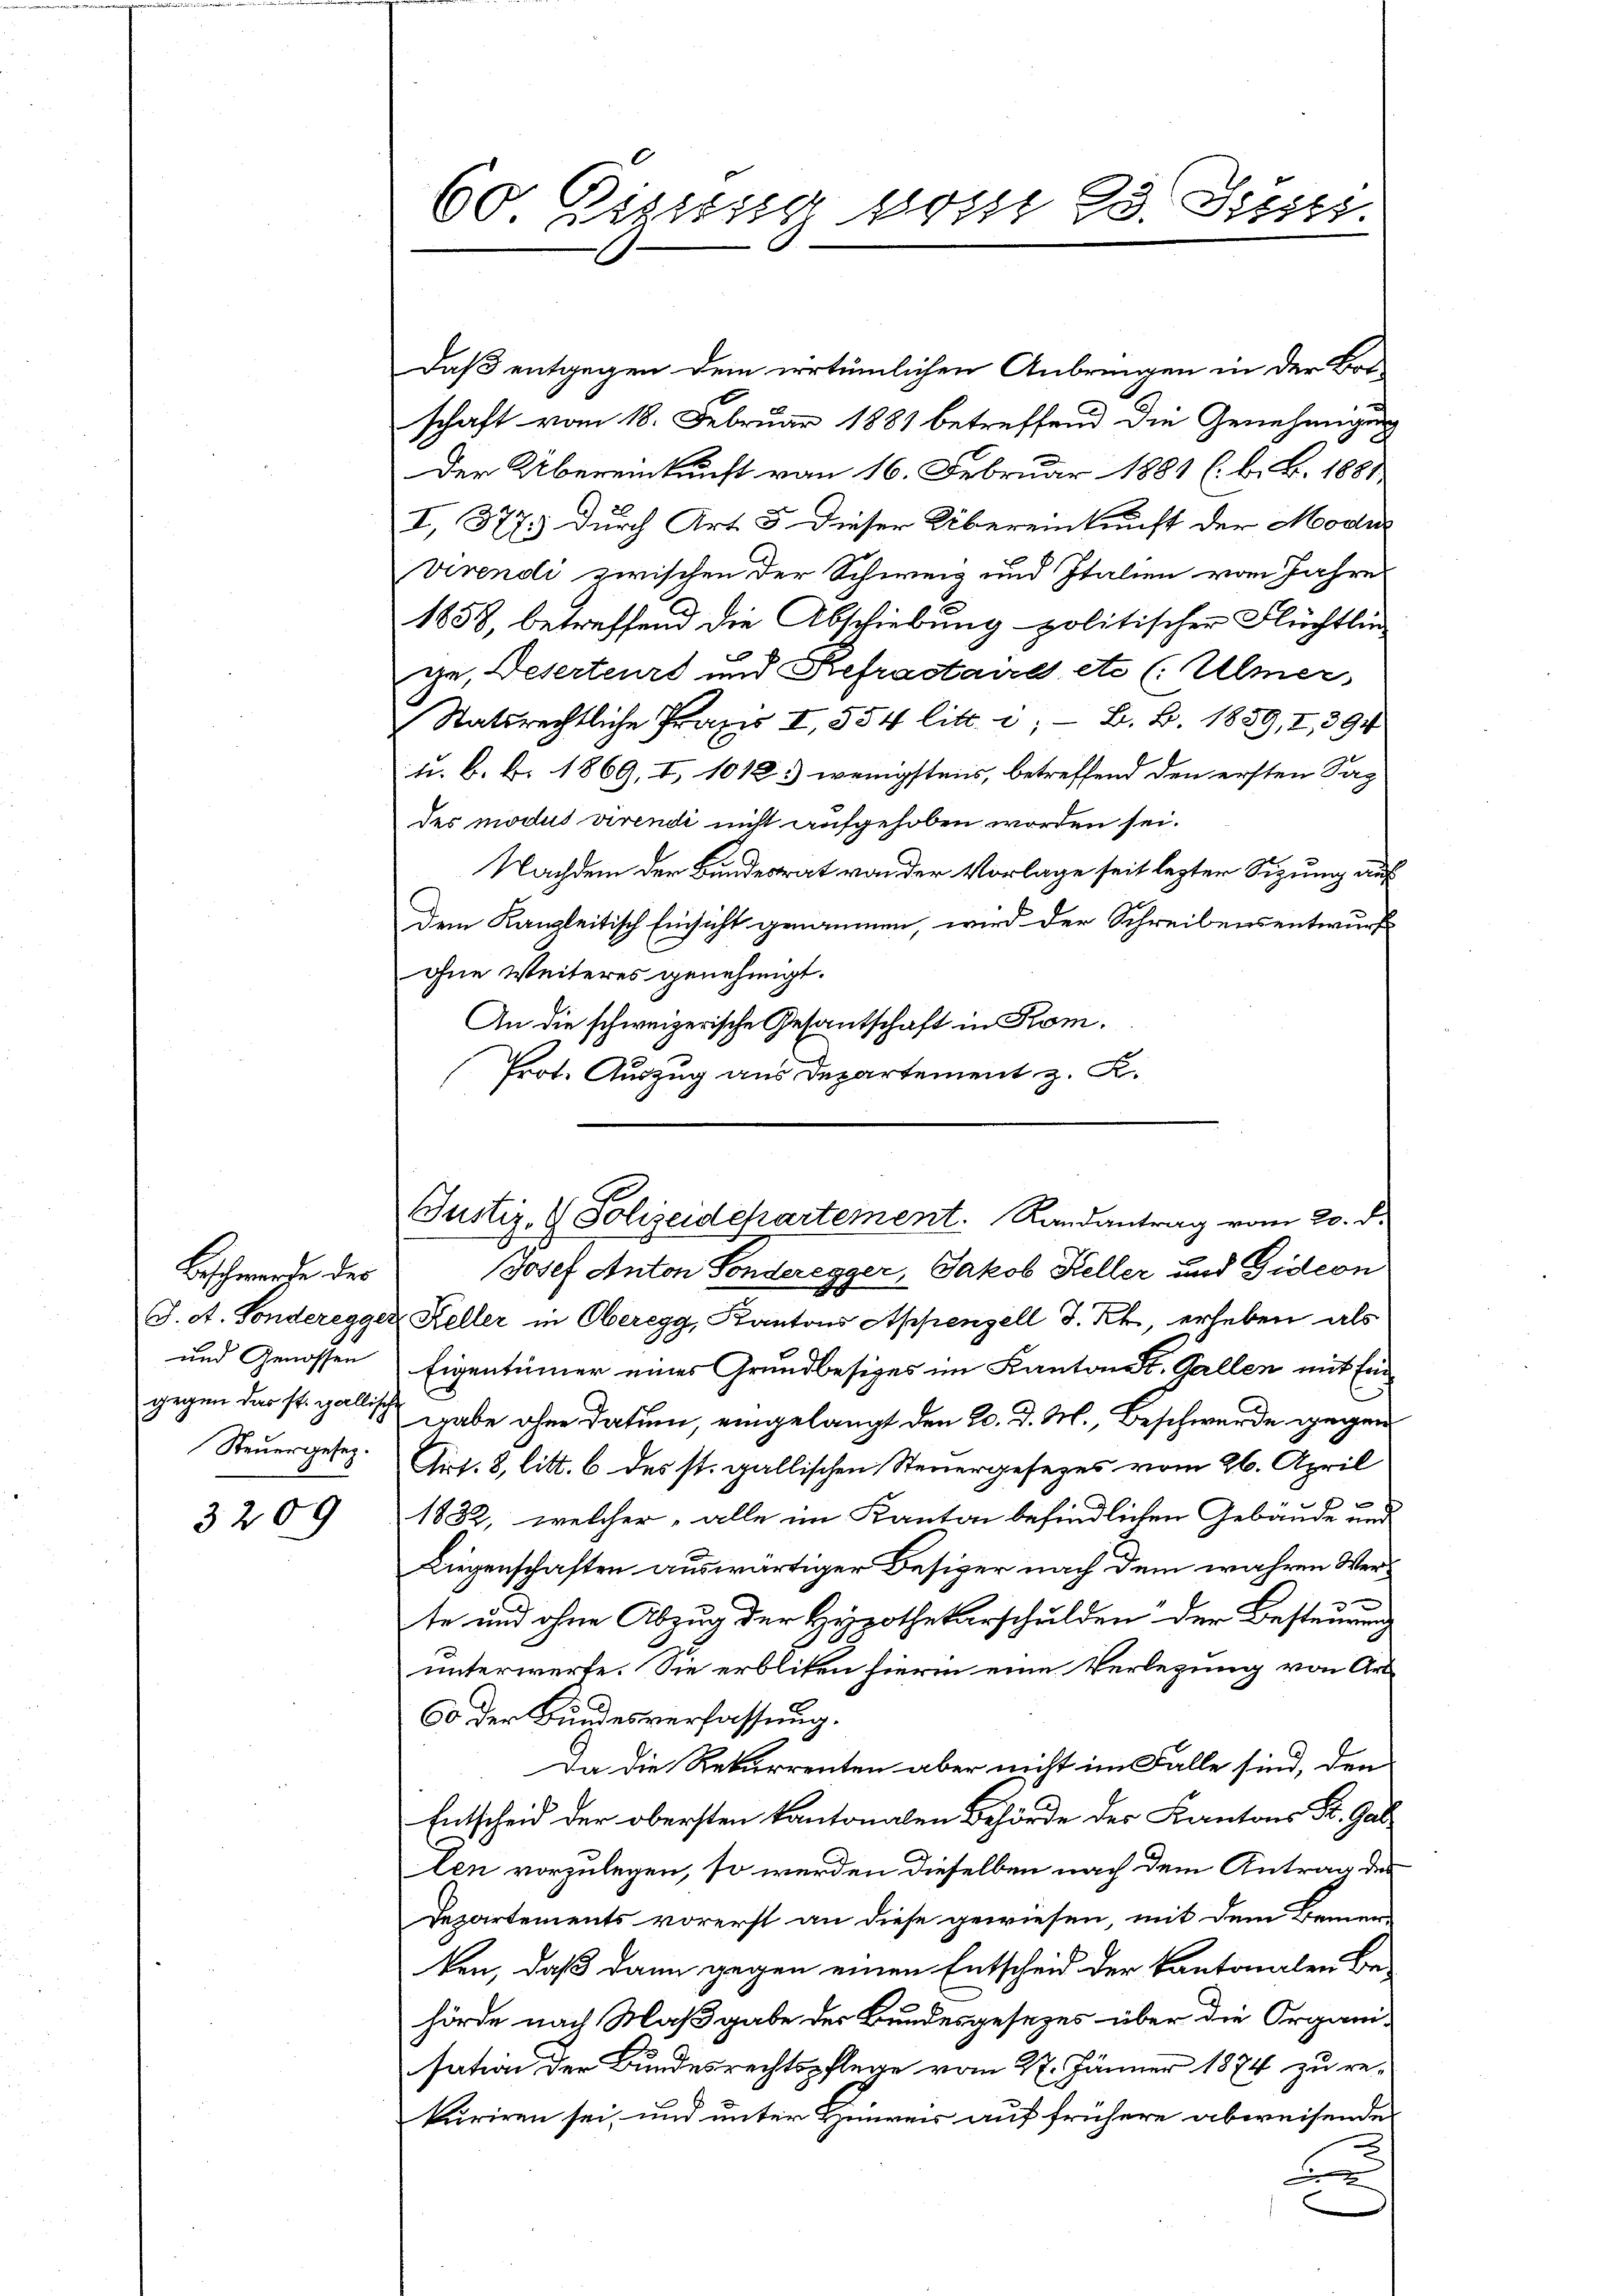
Beschwerde des
und Genossen
gegen das st. gallisch
Steuergesetz.
3209

Daß entgegen dem irrtümlichen Anbringen in der Bot-
schaft vom 18. Februar 1881 betreffend die Genehmigung
Der Übereinkunft vom 16. Februar 1881 (. b. B. 1881
I, 377.) Durch Art. 5. dieser Übereinkunft der Modi
virendi zwischen der Schweiz und Italien vom Jahre
1858, betreffend die Abschiebung politischer Flüchtlin
ge, Deserteurs und Refractaire etc (: Ulmer,
Statsrechtliche Praxis I 554 litt. i. B. B. 1889, I, 394
t. B. b. 1869, I, 1018.) wenigstens, betreffend den ersten Sac
des modus virendi nicht aufgehoben worden sei.
Nachdem der Bundesrat von der Vorlage seit lezter Sizung auf
Dem Kanzleitisch Einsicht genommen, wird der Schreibensentwurf
ohne Weiteres genehmigt.
An die schweizerische Gesantschaft in Kom¬
Prot. Auszug aus Departement z. K.

60. Kissig sonst 23. Sisti

Justiz- & Polizeidepartement. Randantrag vom 20. d.

Josef Anton Sonderegger, Jakob Keller und Gideon
J. A. Sonderegger Keller in Oberegg, Kantons Appenzell I. Kr., erleben als
Eigentümer eines Grundbesizes im Kanton St. Gallen mit Ein
gabe ohne Datum, eingelangt den 20. d. M., Beschwerde gegen
Airt. 8, litt. 6 des st. gallischen Steuergesezes vom 26. April
e
1832, welcher, alle im Kanton befindlichen Gebäude und
Liegenschaften auswärtiger Besizer nach dem wahren Verte und ohne Abzug der Hypothekarschulden der Besteurung
unterwerfe. Sie erbliten hierin eine Verlegung von Art
Oo der Bundesverfassung.
Da die Rekurrenten aber nicht im Falle sind, den
Entscheid der obersten kantonalen Behörde der Kantons St. Gallen vorzulegen, so werden dieselben nach dem Antrag des
Departements vorerst an diese gewiesen, mit dem Bemer-
ken, daß dann gegen einen Entscheid der Kantonalen Be-
hörde nach Maßgabe der Bundesgesezes über die Organi-
sation der Bundesrechtspflege vom 27. Jänner 1874 zu re-
kuriren sei, und unter Hinweis auf frühere abweisende